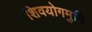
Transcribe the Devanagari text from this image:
शिवयोगमुनि